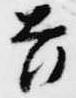
吉